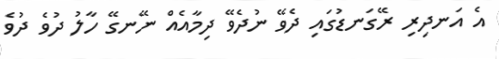
އެ އަނދިރި ރޭގަނޑުގައި ދެވޭ ނުދެވޭ ދިމާއެއް ނޭނގޭ ހާލު ދުވެ ދުވެ